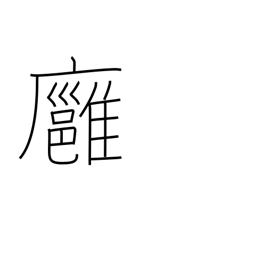
Meaning: mild